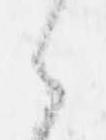
候